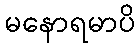
မနောရမာပိ